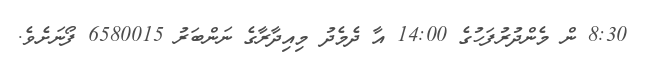
8:30 ން މެންދުރުފަހުގެ 14:00 އާ ދެމެދު މިއިދާރާގެ ނަންބަރު 6580015 ފޯނަށެވެ.